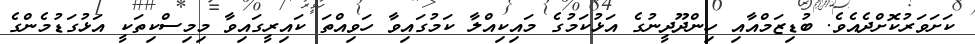
ކަށަވަރުކޮށްދެއެވެ. ބުޑިޒަމްއާއި ހިންދޫދީނުގެ އަޅުކަމުގެ މައިކިއްލާ ކަމުގައިވާ ހަވިއްތަ ކައިރީގައިވާ މިމިސްކިތަކީ އަޅުގަޑުމެންގެ